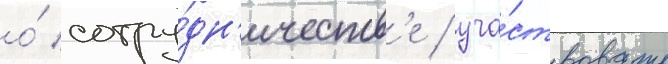
о́ сотру́дн'ичеств'е / уча́ствовать